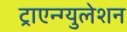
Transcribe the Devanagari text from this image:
ट्राएन्ग्युलेशन